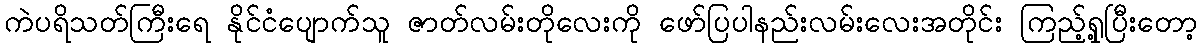
ကဲပရိသတ်ကြီးရေ နိုင်ငံပျောက်သူ ဇာတ်လမ်းတိုလေးကို ဖော်ပြပါနည်းလမ်းလေးအတိုင်း ကြည့်ရှု့ပြီးတော့